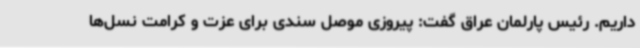
داریم. رئیس پارلمان عراق گفت: پیروزی موصل سندی برای عزت و کرامت نسل‌ها